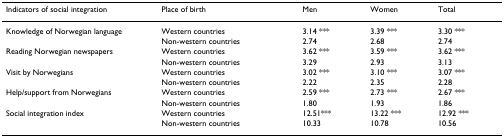
<table><thead><tr><td><b>Indicators of social integration</b></td><td><b>Place of birth</b></td><td><b>Men</b></td><td><b>Women</b></td><td><b>Total</b></td></tr></thead><tbody><tr><td>Knowledge of Norwegian language</td><td>Western countries</td><td>3.14 ***</td><td>3.39 ***</td><td>3.30 ***</td></tr><tr><td></td><td>Non-western countries</td><td>2.74</td><td>2.68</td><td>2.74</td></tr><tr><td>Reading Norwegian newspapers</td><td>Western countries</td><td>3.62 ***</td><td>3.59 ***</td><td>3.62 ***</td></tr><tr><td></td><td>Non-western countries</td><td>3.29</td><td>2.93</td><td>3.13</td></tr><tr><td>Visit by Norwegians</td><td>Western countries</td><td>3.02 ***</td><td>3.10 ***</td><td>3.07 ***</td></tr><tr><td></td><td>Non-western countries</td><td>2.22</td><td>2.35</td><td>2.28</td></tr><tr><td>Help/support from Norwegians</td><td>Western countries</td><td>2.59 ***</td><td>2.73 ***</td><td>2.67 ***</td></tr><tr><td></td><td>Non-western countries</td><td>1.80</td><td>1.93</td><td>1.86</td></tr><tr><td>Social integration index</td><td>Western countries</td><td>12.51***</td><td>13.22 ***</td><td>12.92 ***</td></tr><tr><td></td><td>Non-western countries</td><td>10.33</td><td>10.78</td><td>10.56</td></tr></tbody></table>